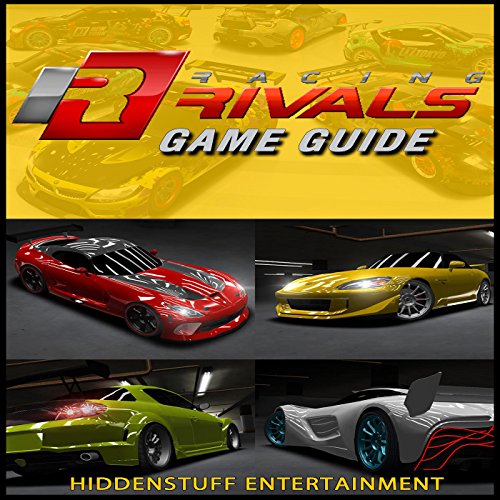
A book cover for Racing Rivals Game Guide;  Hiddenstuff Entertainment; Humor & Entertainment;